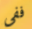
ففى